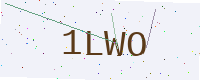
Text: 1LWO